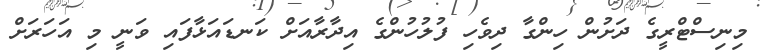
މިނިސްޓްރީގެ ދަށުން ހިންގާ ދިވެހި ފުލުހުންގެ އިދާރާއަށް ކަނޑައަޅާފައި ވަނީ މި އަހަރަށް